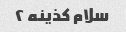
سلام کذینه ۲